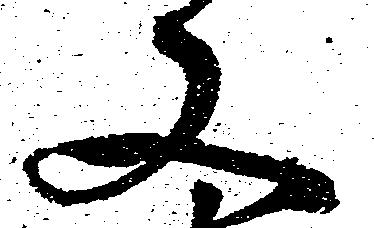
又